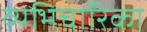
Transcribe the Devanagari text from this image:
व्यभिचारिका